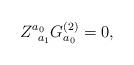
LaTeX: \begin{align*}Z_{\;\;a_1}^{a_0}G_{a_0}^{(2)}=0,\end{align*}